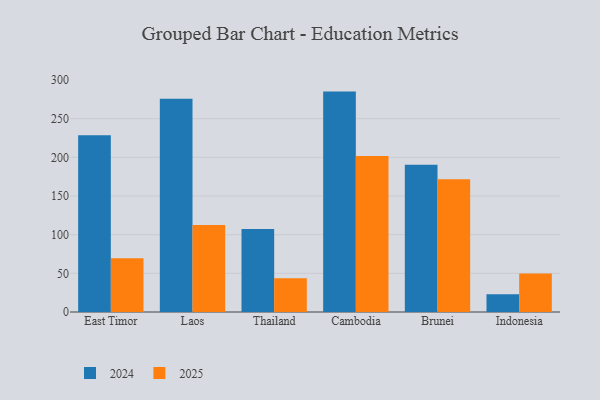
{"axis": {"x": "Country", "y": "Tickets Resolved"}, "legend": ["2024", "2025"], "data": [{"x": "East Timor", "y": 228.6, "type": "2024"}, {"x": "East Timor", "y": 69.6, "type": "2025"}, {"x": "Laos", "y": 275.9, "type": "2024"}, {"x": "Laos", "y": 112.4, "type": "2025"}, {"x": "Thailand", "y": 107.3, "type": "2024"}, {"x": "Thailand", "y": 43.5, "type": "2025"}, {"x": "Cambodia", "y": 285.0, "type": "2024"}, {"x": "Cambodia", "y": 201.8, "type": "2025"}, {"x": "Brunei", "y": 190.5, "type": "2024"}, {"x": "Brunei", "y": 171.5, "type": "2025"}, {"x": "Indonesia", "y": 23.1, "type": "2024"}, {"x": "Indonesia", "y": 49.9, "type": "2025"}]}